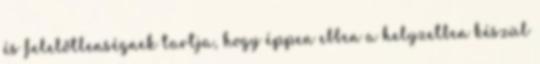
és felelőtlenségnek tartja, hogy éppen ebben a helyzetben készül